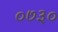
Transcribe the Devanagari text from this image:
०७३०